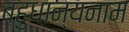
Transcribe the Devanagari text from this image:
बहुधान्यनाम